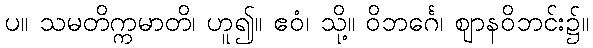
ပ။ သမတိက္ကမာတိ၊ ဟူ၍။ ဧဝံ၊ သို့။ ဝိဘင်္ဂေ၊ ဈာနဝိဘင်း၌။